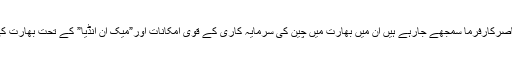
اوراس خوشگوارماحول کے درپردہ جوعناصرکارفرما سمجھے جارہے ہیں ان میں بھارت میں چین کی سرمایہ کاری کے قوی امکانات اور”میک ان انڈیا” کے تحت بھارت کی چینی منڈیوں تک رسائی سرفہرست ہیں۔